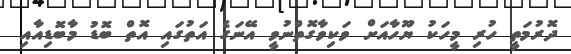
ދޮރުމަތީ ހުރި މީހަކު ޔޫހާއަށް ވަކިވާގޮތްނުވީ އޭނަގެ އަތުގައި އޮތް ބޮޑު މާބޮޑިއާއި